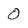
Character: O